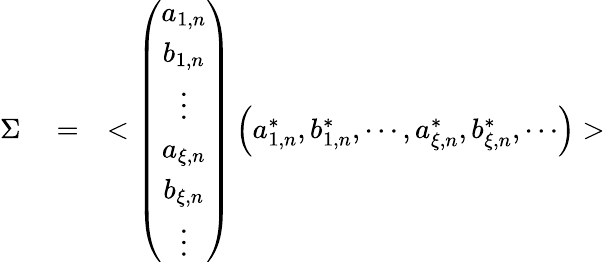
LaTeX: \begin{array}{rlr}{\Sigma}&{{}=}&{<\left(\begin{array}{c}{a_{1,n}}\\ {b_{1,n}}\\ {\vdots}\\ {a_{\xi,n}}\\ {b_{\xi,n}}\\ {\vdots}\end{array}\right)\left(a_{1,n}^{*},b_{1,n}^{*},\cdots,a_{\xi,n}^{*},b_{\xi,n}^{*},\cdots\right)>}\end{array}